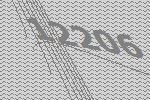
12206